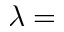
\lambda =